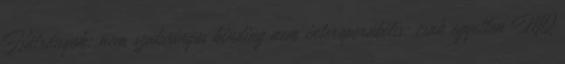
Hátrányok: nem szabványos binding nem interoperábilis: csak egyetlen MQ